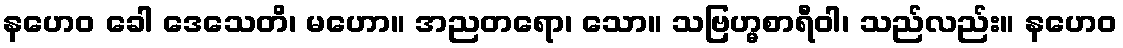
နဟေဝ ခေါ ဒေသေတိ၊ မဟော။ အညတရော၊ သော။ သဗြဟ္မစာရီဝါ၊ သည်လည်း။ နဟေဝ